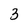
Character: 3